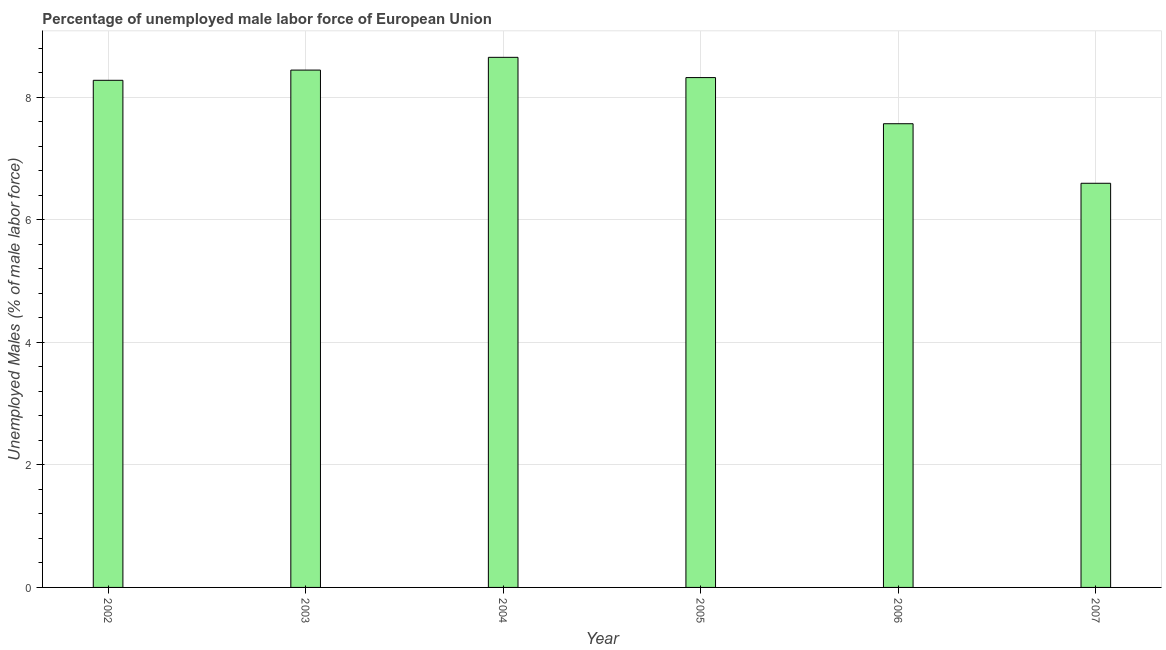
| Year | Unemployment male |
 | --- | --- |
 | 2002 | 8.28 |
 | 2003 | 8.44 |
 | 2004 | 8.65 |
 | 2005 | 8.32 |
 | 2006 | 7.57 |
 | 2007 | 6.6 |